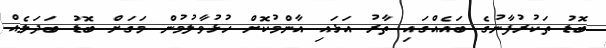
ބޮޑު ތަކުރުފާނުގެ ބައެއްގައި ތާރު އަޅައި އާންމުކޮށް ހުޅުވާލުމުން މަގަށް ބޮޑު ބަދަލެއް